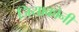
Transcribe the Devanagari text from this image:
जियाकोनी